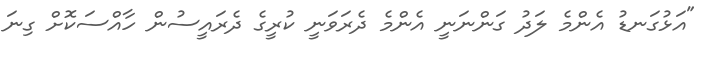
"އަޅުގަނޑު އެންމެ ލަދު ގަންނަނީ އެންމެ ދެރަވަނީ ކުރީގެ ދެރައީސުން ހާއްސަކޮށް ގިނަ